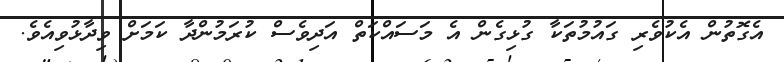
އެގޮތުން އެކުވެރި ގައުމުތަކާ ގުޅިގެން އެ މަސައްކަތް އަދިވެސް ކުރަމުންދާ ކަމަށް ވިދާޅުވިއެވެ.